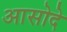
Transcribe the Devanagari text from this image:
आसोदे